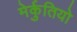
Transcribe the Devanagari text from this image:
मेर्कुतियो